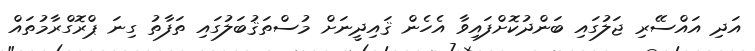
އަދި އައްސޭރި ޖަލުގައި ބަންދުކޮށްފައިވާ އެހެން ޤައިދީނަށް މުސްތަޤުބަލުގައި ތަފާތު ގިނަ ޕްރޮގްރާމުތައް